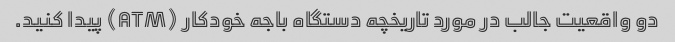
دو واقعیت جالب در مورد تاریخچه دستگاه باجه خودکار (ATM) پیدا کنید.